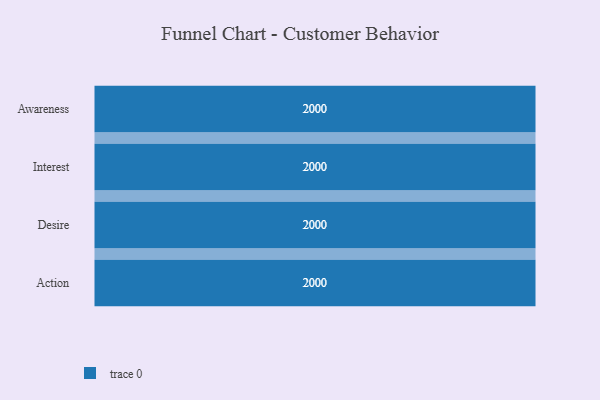
{"axis": {"x": "Stage", "y": "Value"}, "legend": [""], "data": [{"x": "Awareness", "y": 2000, "type": ""}, {"x": "Interest", "y": 2000, "type": ""}, {"x": "Desire", "y": 2000, "type": ""}, {"x": "Action", "y": 2000, "type": ""}]}